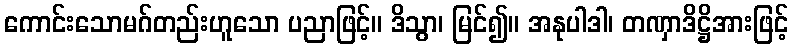
ကောင်းသောမဂ်တည်းဟူသော ပညာဖြင့်။ ဒိသွာ၊ မြင်၍။ အနုပါဒါ၊ တဏှာဒိဋ္ဌိအားဖြင့်